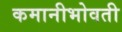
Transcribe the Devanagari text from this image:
कमानीभोवती